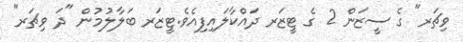
ވިޗަރ" ގެ ސީޒަން 2 ގެ ޓީޒަރ ދައްކާލައިފިއެވެ.ޓީޒަރ ބަލާލުމުން "ދަ ވިޗަރ"